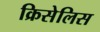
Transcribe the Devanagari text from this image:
क्रिसेलिस